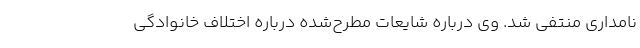
نامداری منتفی شد. وی درباره شایعات مطرح‌شده درباره اختلاف خانوادگی